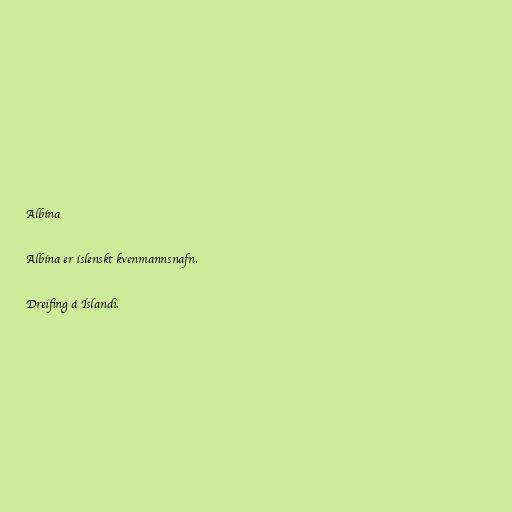
Albína

Albína er íslenskt kvenmannsnafn.

Dreifing á Íslandi.